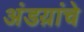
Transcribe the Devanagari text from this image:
अंडय़ांचे